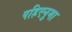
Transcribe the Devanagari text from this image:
पहिएनुमा